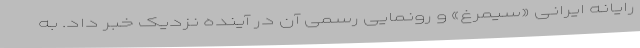
رایانه ایرانی «سیمرغ» و رونمایی رسمی آن در آینده نزدیک خبر داد. به